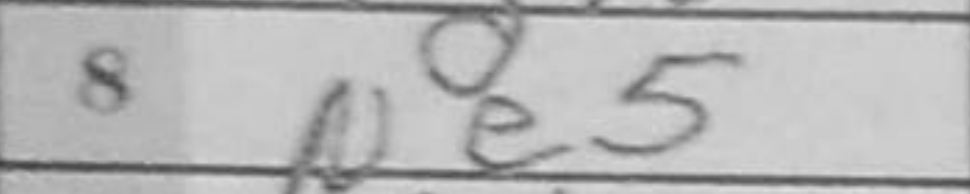
Transcription: Ne5